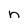
Character: n